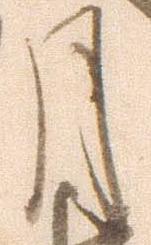
月